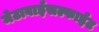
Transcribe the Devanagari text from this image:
मेटाबाईसल्फाईट